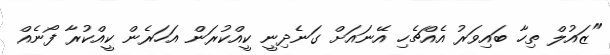
"ޒައުލް ތިހާ ބައިވަރު އެއްޗެހި އޭނައަށް ގަނެދިނީ ކީއްކުރަން އަހަރެން ކީއްކުރާ ފޯނެއް